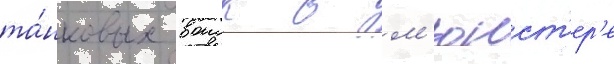
та́нковых воиск в м'юнст'ер'е